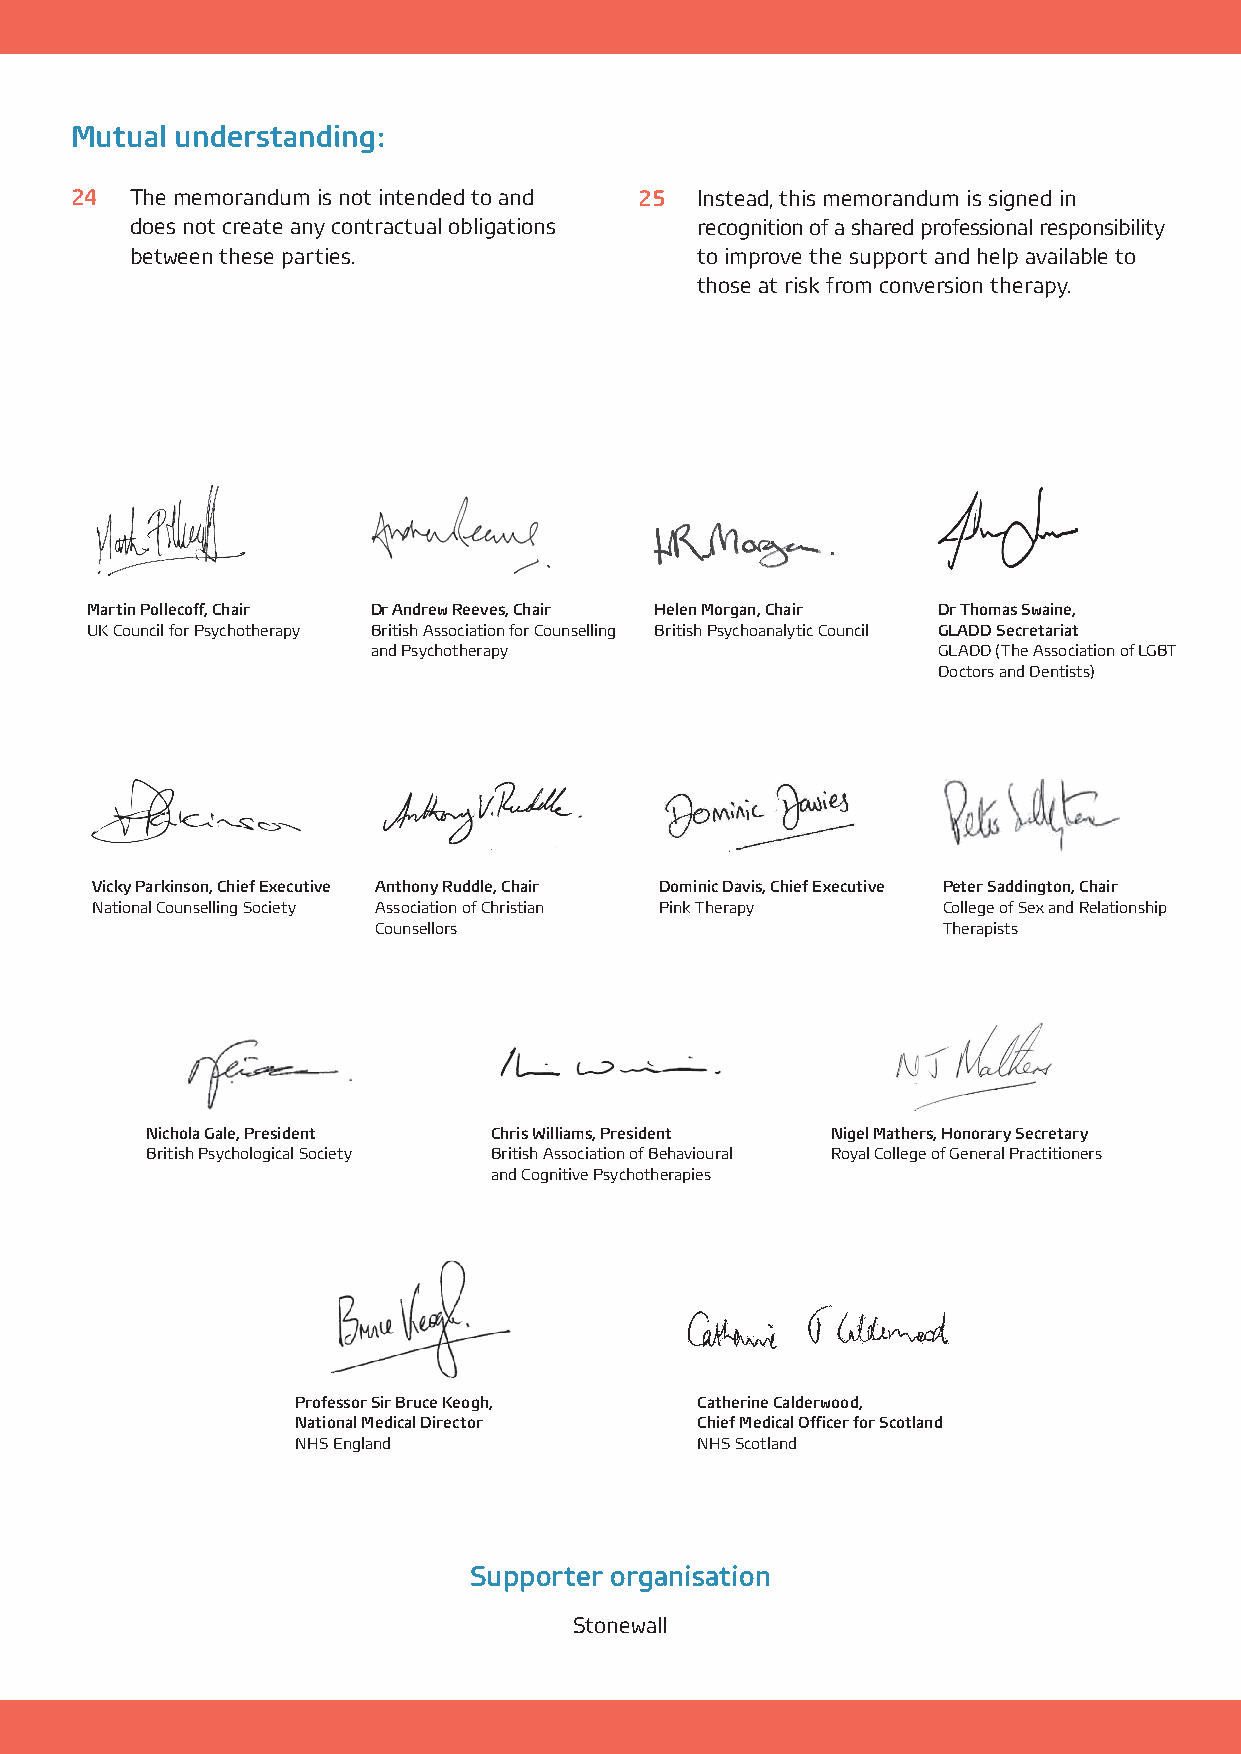
Mutual understanding:
 24  The memorandum is not intended to and 25 Instead, this memorandum is signed in
 does not create any contractual obligations recognition of a shared professional responsibility
 between these parties.               to improve the support and help available to
 those at risk from conversion therapy.
 Martin Pollecoff, Chair Dr Andrew Reeves, Chair Helen Morgan, Chair Dr Thomas Swaine,
 UK Council for Psychotherapy British Association for Counselling British Psychoanalytic Council GLADD Secretariat
 and Psychotherapy                    GLADD (The Association of LGBT
 Doctors and Dentists)
 Vicky Parkinson, Chief Executive Anthony Ruddle, Chair Dominic Davis, Chief Executive Peter Saddington, Chair
 National Counselling Society Association of Christian Pink Therapy College of Sex and Relationship
 Counsellors                          Therapists
 Nichola Gale, President Chris Williams, President Nigel Mathers, Honorary Secretary
 British Psychological Society British Association of Behavioural Royal College of General Practitioners
 and Cognitive Psychotherapies
 Professor Sir Bruce Keogh, Catherine Calderwood,
 National Medical Director Chief Medical Officer for Scotland
 NHS England               NHS Scotland
 Supporter organisation
 Stonewall